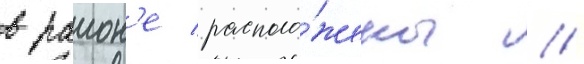
в раион'е располо́жены //